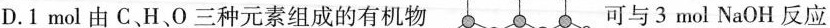
D.1mol由C、H、O三种元素组成的有机物 可与3mol NaOH反应